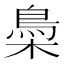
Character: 䲷